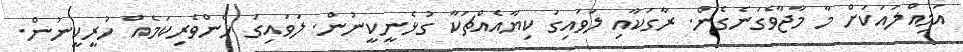
އަމިއްލައަކަށް މާ މާޖާވެގަނެގެން. ރާގަކާއި ލަވައިގަ ކިޔާއެއްޗަކާ ގުޅެނީކީނުން. ލަވައިގަ ޅެންވެރިކަމެއް ހުރީކީނުން.